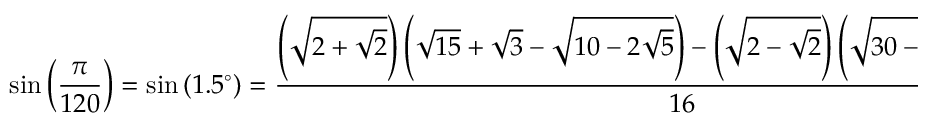
\sin \left( { \frac { \pi } { 1 2 0 } } \right) = \sin \left( 1 . 5 ^ { \circ } \right) = { \frac { \left( { \sqrt { 2 + { \sqrt { 2 } } } } \right) \left( { \sqrt { 1 5 } } + { \sqrt { 3 } } - { \sqrt { 1 0 - 2 { \sqrt { 5 } } } } \right) - \left( { \sqrt { 2 - { \sqrt { 2 } } } } \right) \left( { \sqrt { 3 0 - 6 { \sqrt { 5 } } } } + { \sqrt { 5 } } + 1 \right) } { 1 6 } }